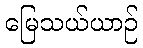
မြေသယ်ယာဉ်